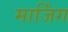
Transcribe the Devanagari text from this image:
मार्जिंग